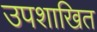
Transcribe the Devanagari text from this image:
उपशाखित